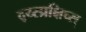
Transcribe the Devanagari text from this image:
द्य्स्प्रक्षिच्स्